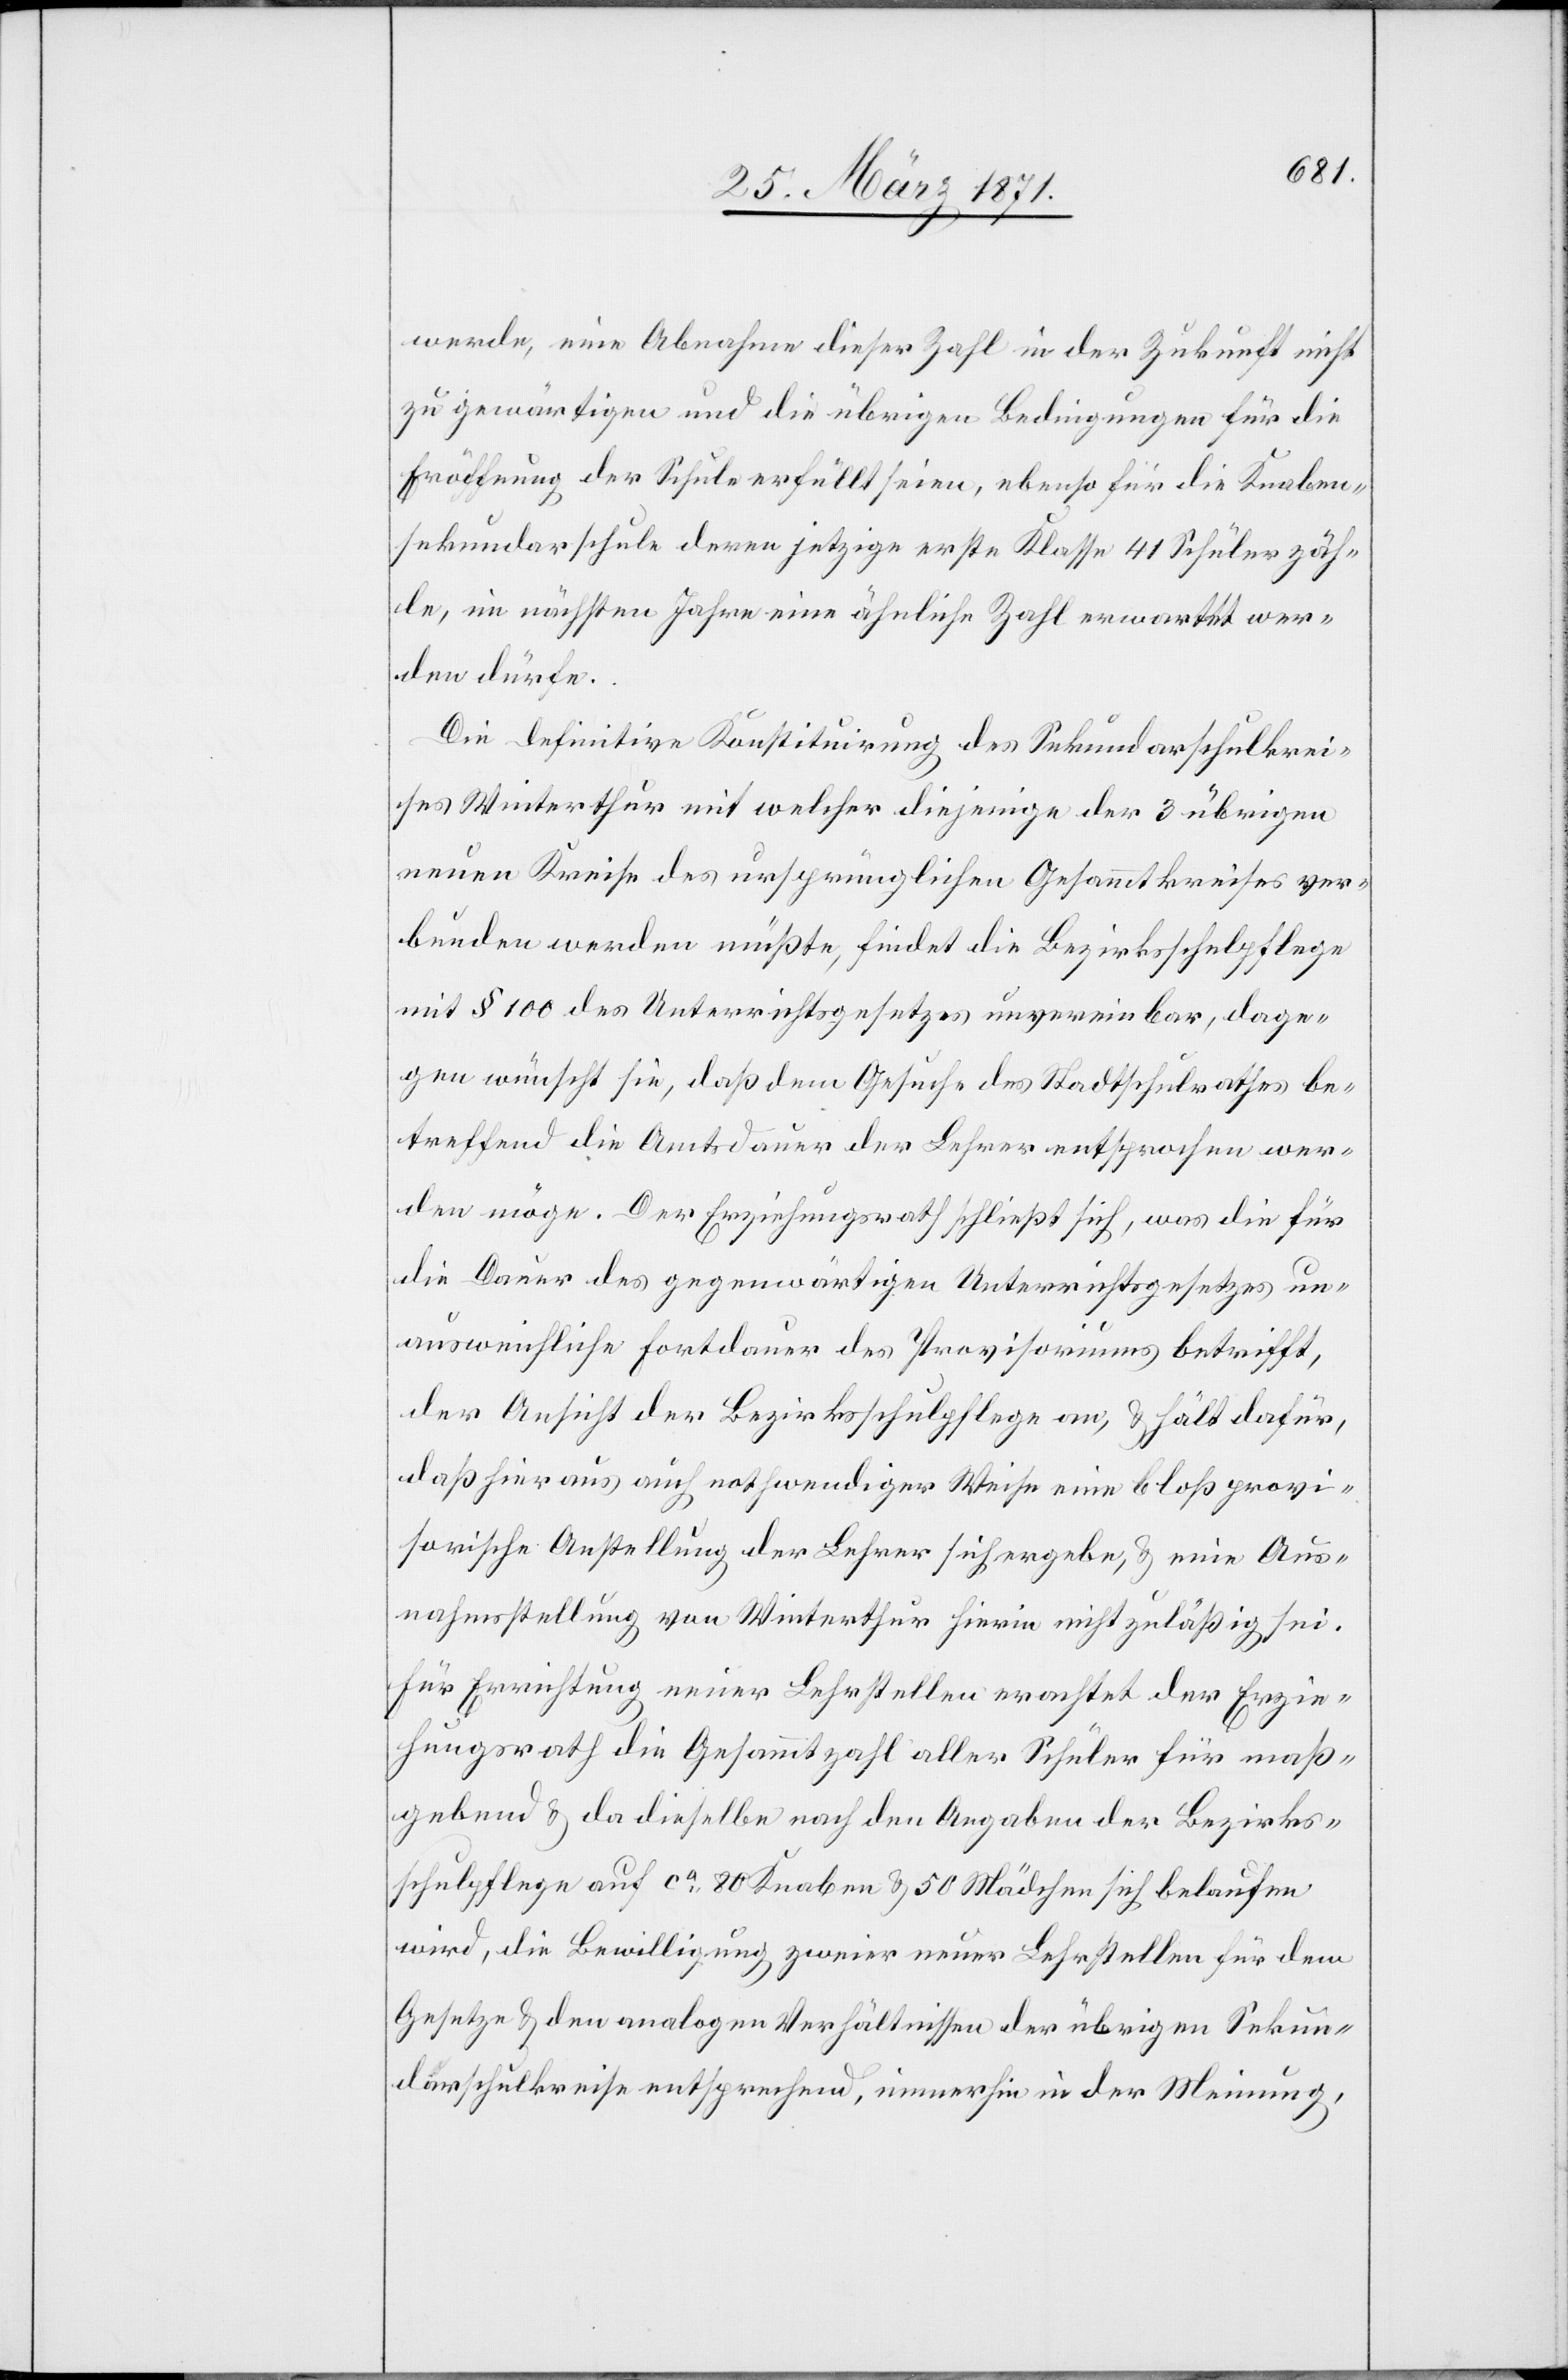
werde, eine Abnahme dieser Zahl in der Zukunft nicht
zu gewärtigen und die übrigen Bedingungen für die
Eröffnung der Schule erfüllt seien, ebenso für die Knaben¬
sekundarschule deren jetzige erste Klasse 41 Schüler zäh¬
le, im nächsten Jahre eine ähnliche Zahl erwartet wer¬
den dürfe.
Die definitive Konstituirung des Sekundarschulkrei¬
ses Winterthur mit welcher diejenige der 3 übrigen
neuen Kreise des ursprünglichen Gesammtkreises ver¬
bunden werden müßte, findet die Bezirksschulpflege
mit § 100 des Unterrichtsgesetzes unvereinbar, dage¬
gen wünscht sie, daß dem Gesuche des Stadtschulrathes be¬
treffend die Amtsdauer der Lehrer entsprochen wer¬
den möge. Der Erziehungsrath schließt sich, was die für
die Dauer des gegenwärtigen Unterrichtsgesetzes un¬
ausweichliche Fortdauer des Provisoriums betrifft,
der Ansicht der Bezirksschulpflege an, u. hält dafür,
daß hieraus auch nothwendiger Weise eine bloß provi¬
sorische Anstellung der Lehrer sich ergebe, u. eine Aus¬
nahmsstellung von Winterthur hierin nicht zuläßig sei.
Für Errichtung neuer Lehrstellen erachtet der Erzie¬
hungsrath die Gesammtzahl aller Schüler für maß¬
gebend u. da dieselben nach den Angaben der Bezirks¬
schulpflege auf ca. 80 Knaben u. 50 Mädchen sich belaufen
wird, die Bewilligung zweier neuer Lehrstellen für dem
Gesetze u. den analogen Verhältnissen der übrigen Sekun¬
darschulkreise entsprechend, immerhin in der Meinung,